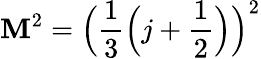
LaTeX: \mathbf{M}^{2}={\Big(}{\frac{{1}}{{3}}}{\Big(}j+{\frac{{1}}{{2}}}{\Big)}{\Big)}^{2}